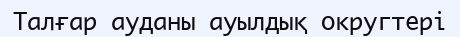
Талғар ауданы ауылдық округтері